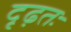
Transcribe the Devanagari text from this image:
दृढ़तः